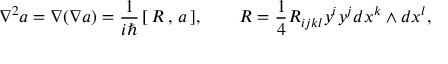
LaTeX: \nabla ^ { 2 } a = \nabla ( \nabla a ) = \frac 1 { i \hbar } \, [ \, R \, , \, a \, ] , \qquad R = \frac 1 4 R _ { i j k l } y ^ { i } y ^ { j } d x ^ { k } \wedge d x ^ { l } ,